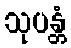
သုပန္တံ